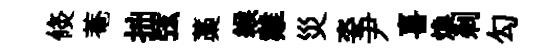
倐菴拙弦藁緱雞災姿尹喜煥刹勾